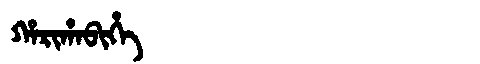
Manchu: ᡥᠠᡵᡳᡥᠠᠪᡳᡥᡝ
Romanization: HARIHABIHE